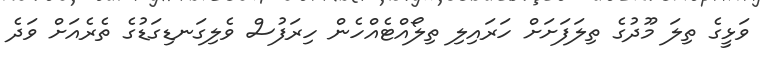
ވަޅީގެ ތިލަ މޫދުގެ ތިލަފަށަށް ހަރައިލި ތިލޯއްޓެއްހެން ހިރަފުސް ވެލިގަނޑިގަޑުގެ ތެރެއަށް ވަދެ